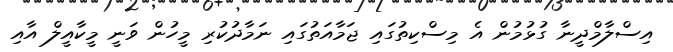
އިސްލާމްދީނާ ގުޅުމުން އެ މިސްކިތުގައި ޖަމާއަތުގައި ނަމާދުކުރި މީހުން ވަނީ މީކާއީލް އާއި